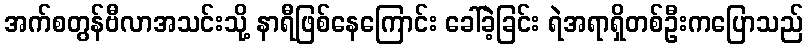
အက်စတွန်ဗီလာအသင်းသို့ နာရီဖြစ်နေကြောင်း ခေါ်ခဲ့ခြင်း ရဲအရာရှိတစ်ဦးကပြောသည်